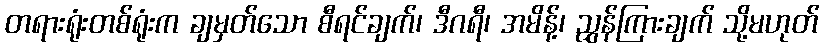
တရားရုံးတစ်ရုံးက ချမှတ်သော စီရင်ချက်၊ ဒီဂရီ၊ အမိန့်၊ ညွှန်ကြားချက် သို့မဟုတ်